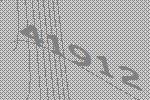
41912